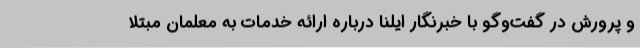
و پرورش در گفت‌وگو با خبرنگار ایلنا درباره ارائه خدمات به معلمان مبتلا